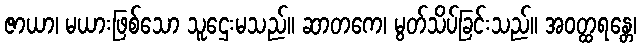
ဇာယာ၊ မယားဖြစ်သော သူဌေးမသည်။ ဆာတကေ၊ မွတ်သိပ်ခြင်းသည်။ အဝတ္ထရန္တေ၊